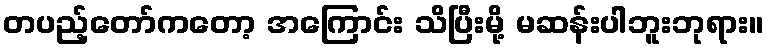
တပည့်တော်ကတော့ အကြောင်း သိပြီးမို့ မဆန်းပါဘူးဘုရား။